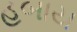
હબાય